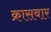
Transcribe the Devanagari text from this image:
क्रासबार